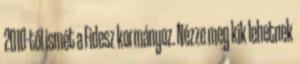
2010-től ismét a Fidesz kormányoz. Nézze meg kik lehetnek